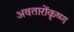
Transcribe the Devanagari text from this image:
अवतारोंकृष्ण